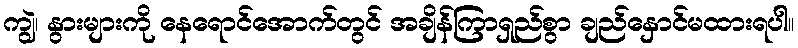
ကျွဲ၊ နွားများကို နေရောင်အောက်တွင် အချိန်ကြာရှည်စွာ ချည်နှောင်မထားရပါ။